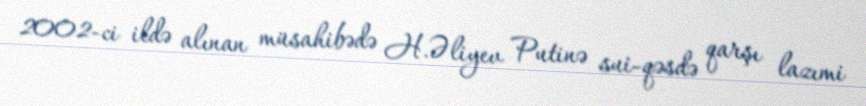
2002-ci ildə alınan müsahibədə H.Əliyev Putinə sui-qəsdə qarşı lazımi